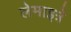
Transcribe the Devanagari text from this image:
लेमाइत्रे